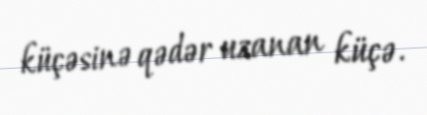
küçəsinə qədər uzanan küçə.